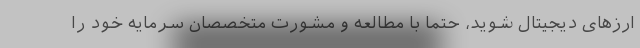
ارزهای دیجیتال شوید، حتماً با مطالعه و مشورت متخصصان سرمایه خود را